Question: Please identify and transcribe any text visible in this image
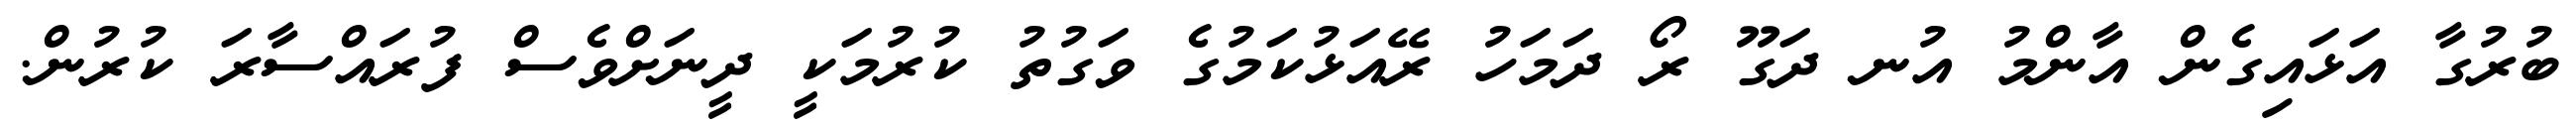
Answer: ބުރުގާ އަޅައިގެން އާންމު އުނ ދަގޫ ރޯ ދަމަހު ރޭއަޅުކަމުގެ ވަގުތު ކުރުމަކީ ދީނަށްވެސް ފުރައްސާރަ ކުރުން.